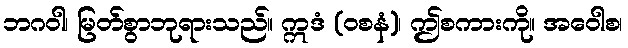
ဘဂဝါ၊ မြတ်စွာဘုရားသည်။ ဣဒံ (ဝစနံ)၊ ဤစကားကို။ အဝေါစ၊